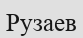
Рузаев